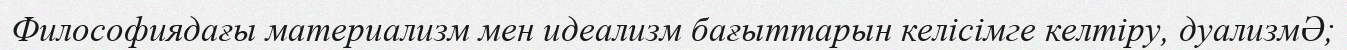
Философиядағы материализм мен идеализм бағыттарын келісімге келтіру, дуализмӘ;